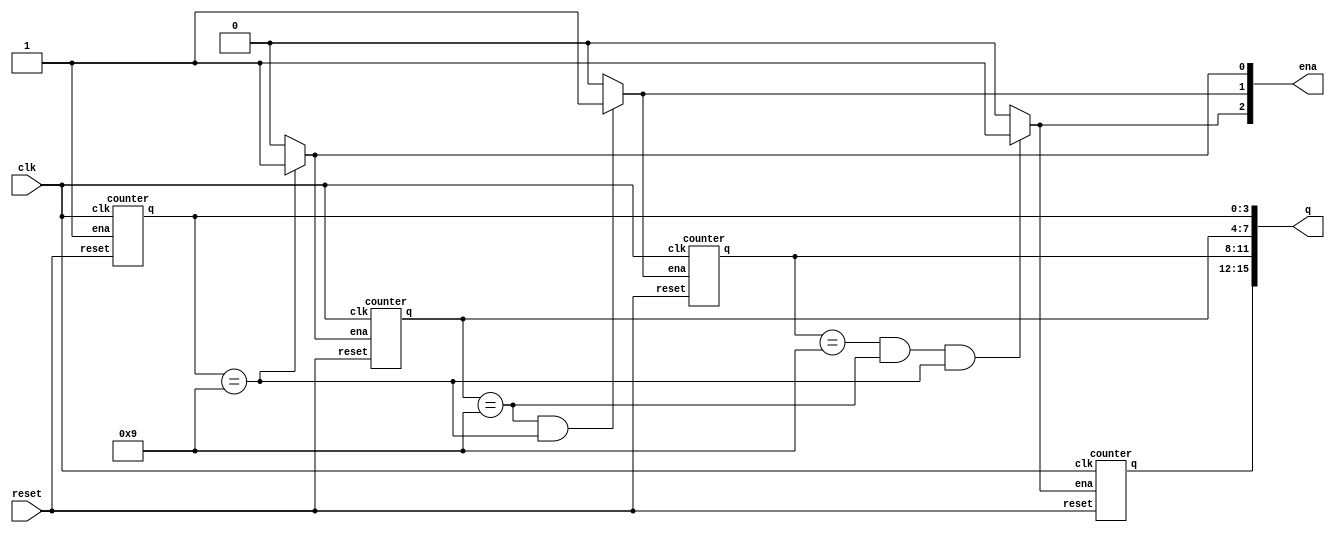
module top_module (
    input clk,
    input reset,   // Synchronous active-high reset
    output [3:1] ena,
    output [15:0] q);
    
    assign ena[1] = (q[3:0] == 4'd9) ? 1'b1:1'b0;
    assign ena[2] = (q[7:4] == 4'd9 && q[3:0] == 4'd9) ? 1'b1:1'b0;
    assign ena[3] = (q[11:8] == 4'd9 && q[7:4] == 4'd9 && q[3:0] == 4'd9) ? 1'b1:1'b0;
              
    counter ones_counter(.clk(clk), .reset(reset), .ena(1'b1), .q(q[3:0]));
    counter tens_counter(.clk(clk), .reset(reset), .ena(ena[1]), .q(q[7:4]));
    counter hundreds_counter(.clk(clk), .reset(reset), .ena(ena[2]), .q(q[11:8]));
    counter thousands_counter(.clk(clk), .reset(reset), .ena(ena[3]), .q(q[15:12]));
   
endmodule

module counter  (
    input clk,
    input reset,
    input ena,
    output reg[3:0] q);
    
    always @(posedge clk) begin
        if(reset) q <= 4'd0;
        else begin
            if(ena) begin
                if(q == 4'd9) q <= 4'd0;
                else q <= q + 4'd1;
            end
        end
    end
    
endmodule